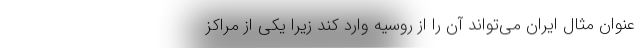
عنوان مثال ایران می‌تواند آن را از روسیه وارد کند زیرا یکی از مراکز